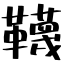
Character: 韈